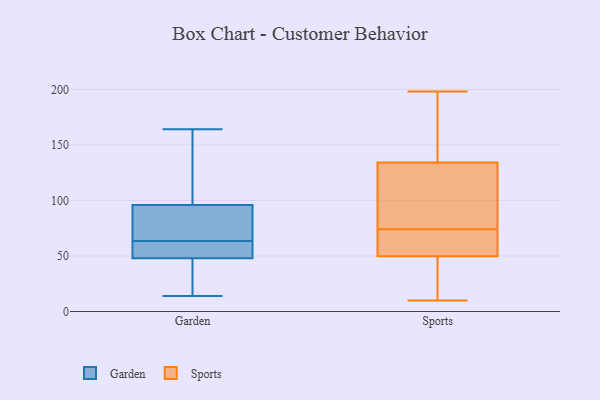
{"axis": {"x": "Demand Index", "y": "Value"}, "legend": ["Garden", "Sports"], "data": [{"x": "", "y": 52, "type": "Garden"}, {"x": "", "y": 96, "type": "Garden"}, {"x": "", "y": 64, "type": "Garden"}, {"x": "", "y": 152, "type": "Garden"}, {"x": "", "y": 76, "type": "Garden"}, {"x": "", "y": 63, "type": "Garden"}, {"x": "", "y": 46, "type": "Garden"}, {"x": "", "y": 126, "type": "Garden"}, {"x": "", "y": 14, "type": "Garden"}, {"x": "", "y": 127, "type": "Garden"}, {"x": "", "y": 92, "type": "Garden"}, {"x": "", "y": 38, "type": "Garden"}, {"x": "", "y": 80, "type": "Garden"}, {"x": "", "y": 48, "type": "Garden"}, {"x": "", "y": 56, "type": "Garden"}, {"x": "", "y": 164, "type": "Garden"}, {"x": "", "y": 19, "type": "Garden"}, {"x": "", "y": 51, "type": "Garden"}, {"x": "", "y": 198, "type": "Sports"}, {"x": "", "y": 118, "type": "Sports"}, {"x": "", "y": 74, "type": "Sports"}, {"x": "", "y": 57, "type": "Sports"}, {"x": "", "y": 104, "type": "Sports"}, {"x": "", "y": 190, "type": "Sports"}, {"x": "", "y": 10, "type": "Sports"}, {"x": "", "y": 193, "type": "Sports"}, {"x": "", "y": 18, "type": "Sports"}, {"x": "", "y": 74, "type": "Sports"}, {"x": "", "y": 77, "type": "Sports"}, {"x": "", "y": 183, "type": "Sports"}, {"x": "", "y": 106, "type": "Sports"}, {"x": "", "y": 66, "type": "Sports"}, {"x": "", "y": 25, "type": "Sports"}, {"x": "", "y": 50, "type": "Sports"}, {"x": "", "y": 49, "type": "Sports"}]}